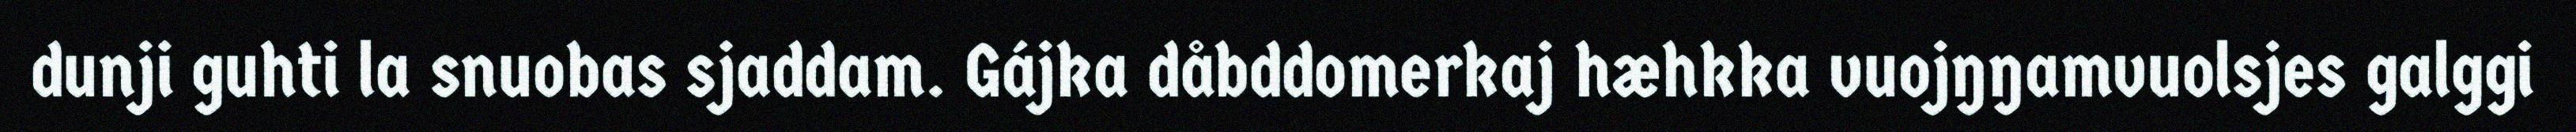
dunji guhti la snuobas sjaddam. Gájka dåbddomerkaj hæhkka vuojŋŋamvuolsjes galggi